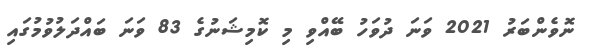
ނޮވެންބަރު 2021 ވަނަ ދުވަހު ބޭއްވި މި ކޮމިޝަނުގެ 83 ވަނަ ބައްދަލުވުމުގައި